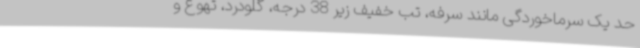
حد یک سرماخوردگی مانند سرفه، تب خفیف زیر 38 درجه، گلودرد، تهوع و